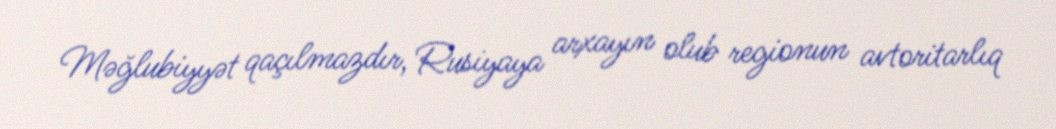
Məğlubiyyət qaçılmazdır, Rusiyaya arxayın olub regionun avtoritarlıq